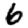
Digit: 6